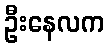
ဦးနေလက